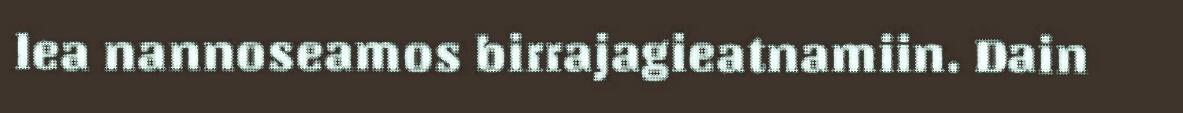
lea nannoseamos birrajagieatnamiin. Dain